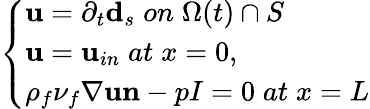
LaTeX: \left\{ \begin{array}{ll}{\mathbf{u}=\partial_{t}\mathbf{d}_{s}\; on\; \Omega(t)\cap S}\\ {\mathbf{u}=\mathbf{u}_{in}\; at\; x=0,}\\ {\rho_{f}\nu_{f}\nabla\mathbf{u}\mathbf{n}-pI=0\; at\; x=L}\end{array}\right.